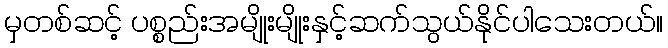
မှတစ်ဆင့် ပစ္စည်းအမျိုးမျိုးနှင့်ဆက်သွယ်နိုင်ပါသေးတယ်။